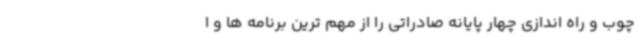
چوب و راه اندازی چهار پایانه صادراتی را از مهم ترین برنامه ها و ا